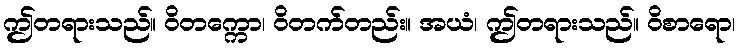
ဤတရားသည်။ ဝိတက္ကော၊ ဝိတက်တည်း။ အယံ၊ ဤတရားသည်။ ဝိစာရော၊